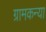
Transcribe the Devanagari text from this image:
ग्रामकन्या